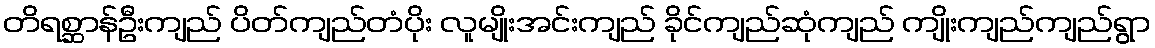
တိရစ္ဆာန်ဦးကျည် ပိတ်ကျည်တံပိုး လူမျိုးအင်းကျည် ခိုင်ကျည်ဆုံကျည် ကျိုးကျည်ကျည်ရွာ